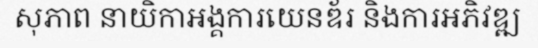
សុភាព នាយិកាអង្គការយេនឌ័រ និងការអភិវឌ្ឍ